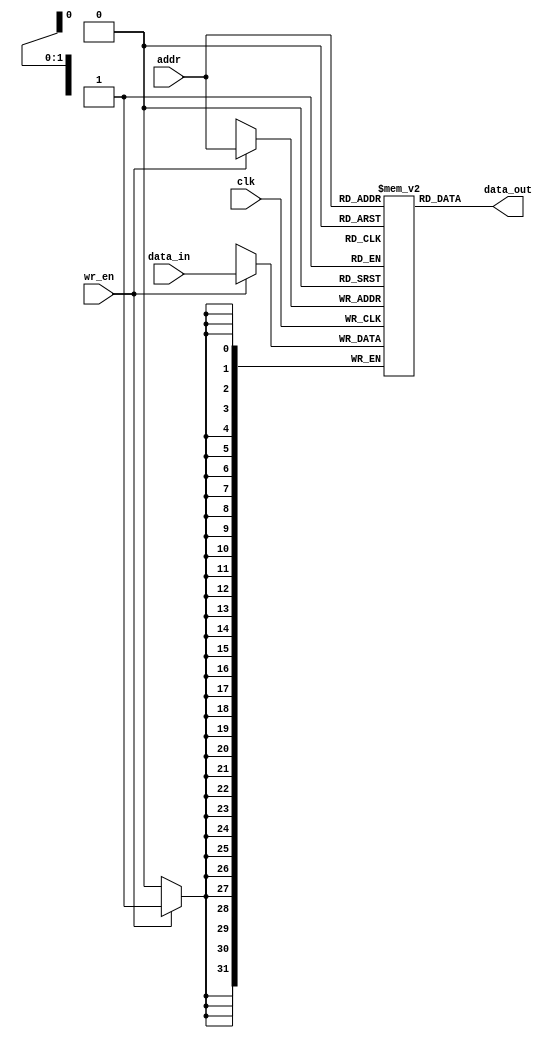
module register_file (
    input wire clk,
    input wire [1:0] addr,
    input wire [31:0] data_in,
    input wire wr_en,
    output reg [31:0] data_out
);

reg [31:0] registers [0:3];

always @(posedge clk) begin
    if (wr_en) begin
        registers[addr] <= data_in;
    end
end

always @(*) begin
    data_out = registers[addr];
end

endmodule